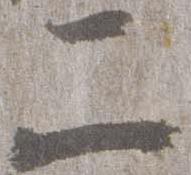
二